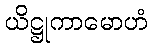
ယိဋ္ဌုကာမောဟံ